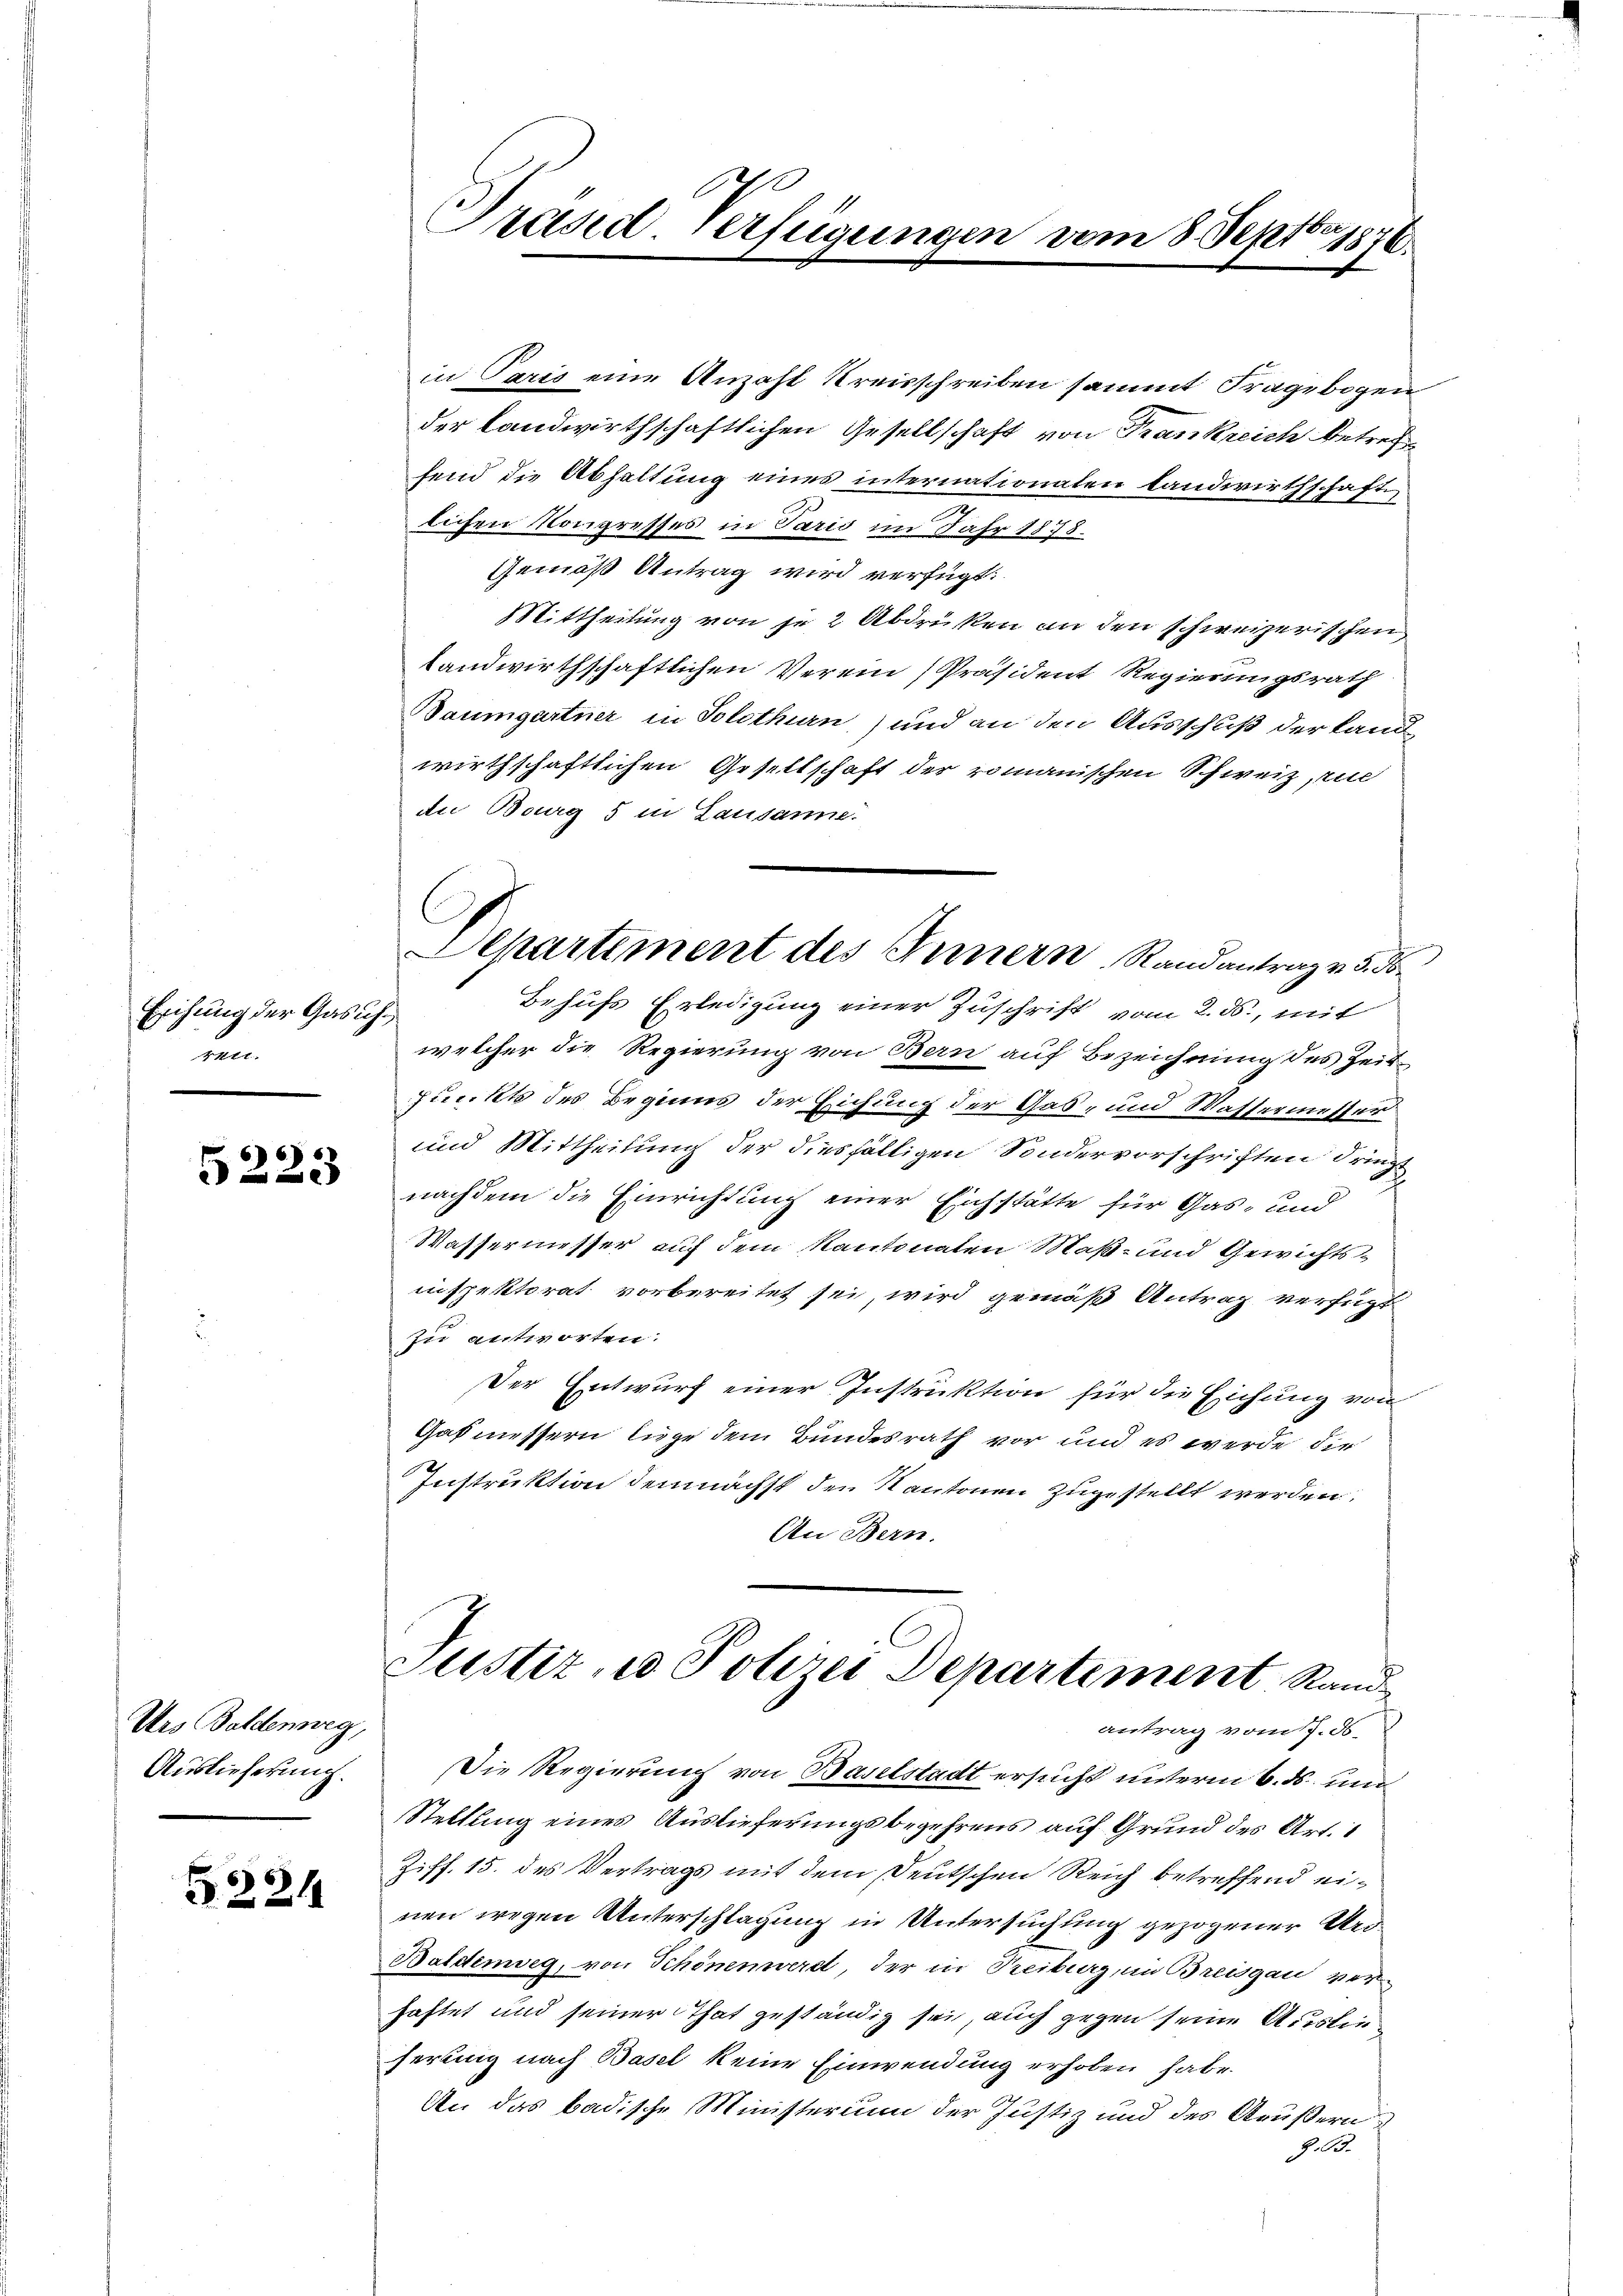
Erihung der Gasic
4441.

666.
e

Urs Baldenweg,
Auslieferung.

221

Präsid. Verfügungen vom 8. Septbr. 1876.

in Paris eine Anzahl Kreisschreiben sammt Fragebogen
der landwirthschaftlichen Gesellschaft von Frankreich betref
fend die Abhaltung eines internationalen Landwirthschaft.
2
lichen Kongresses in Paris im Jahr 1878.
Gemäß Antrag wird verfügt:
Mittheilung von je 2 Abdrucken an den schweizerischen
landwirthschaftlichen Verein Präsident Regierungsrath
Baumgartner in Solothurn,) und an den Ausschuß der Landwirthschaftlichen Gesellschaft der romanischen Schweiz, mi
du Bourg 5 in Lausanne.
Behufs Erledigung einer Zuschrift vom 2. ds., mit
7
welcher die Regierung von Bern auf Bezeichnung des Zeit¬
Junckts des Beginns der Eichung der Gas- und Wassermesser
und Mittheilung der diesfälligen Sondervorschriften dringt
nachdem die Einrichtung einer Eichstätte für Gas- und
Wassermesser auf dem Kantonaten Maß- und Gewichtsinnspektorat vorbereitet sei, wird gemäß Antrag verfügt
zu antworten:
Der Entwurf einer Instruktion für die Eichung von
Gatmessern liege dem Bundesrath vor und es werde die
Instruktion demnächst den Kantonen zugestellt werden.
An Bern.
Justiz, id Polizei Departement Stand
antrag vom 7. ds.
Die Regierung von Baselstadt ersucht unterm 6. ds. un
Stellung eines Auslieferungsbegehrens auf Grund des Art. 1
Ziff. 15. des Vertrags mit dem Deutschen Reich betreffend einen wegen Unterschlagung in Untersuchung gezogener Kro¬
Baldenweg, von Schönenwerd, der in Treiburg, im Breisgau verhaftet und seiner That geständig sei, auch gegen seine Auslieferung nach Basel keine Einwendung erhoben habe.
An das badische Ministerium der Justiz und des Aeußern
Z. 93.

Aepartement des Innern Randantrag v. 5. d